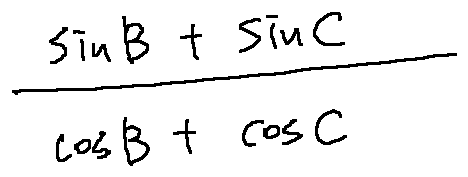
\frac { \sin B + \sin C } { \cos B + \cos C }